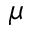
\mu